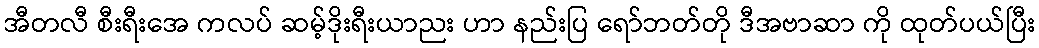
အီတလီ စီးရီးအေ ကလပ် ဆမ့်ဒိုးရီးယာညး ဟာ နည်းပြ ရော်ဘတ်တို ဒီအဗာဆာ ကို ထုတ်ပယ်ပြီး